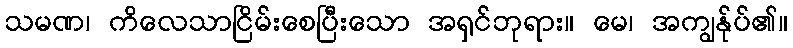
သမဏ၊ ကိလေသာငြိမ်းစေပြီးသော အရှင်ဘုရား။ မေ၊ အကျွန်ုပ်၏။